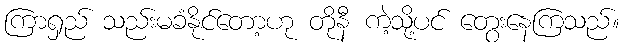
ကြာရှည် သည်းမခံနိုင်တော့ဟု တိုနီ ကဲ့သို့ပင် တွေးနေကြသည်။